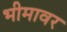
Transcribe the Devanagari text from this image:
भीमावर